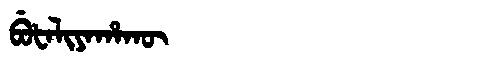
Manchu: ᠪᡠᡶᠠᠯᡳᠶᠠᡥᠠᡴᡡ
Romanization: BUFALIYAHAKŪ